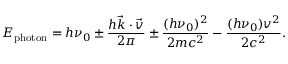
E _ { \mathrm { p h o t o n } } = h \nu _ { 0 } \pm \frac { h \vec { k } \cdot \vec { v } } { 2 \pi } \pm \frac { ( h \nu _ { 0 } ) ^ { 2 } } { 2 m c ^ { 2 } } - \frac { ( h \nu _ { 0 } ) v ^ { 2 } } { 2 c ^ { 2 } } .